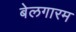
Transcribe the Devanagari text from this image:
बेलगारम